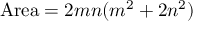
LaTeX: { \mathrm { A r e a } } = 2 m n ( m ^ { 2 } + 2 n ^ { 2 } )